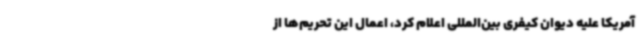
آمریکا علیه دیوان کیفری بین‌المللی اعلام کرد، اعمال این تحریم‌ها از